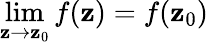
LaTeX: \lim\limits_{\mathbf{z}\rightarrow\mathbf{z}_{0}}f(\mathbf{z})=f(\mathbf{z}_{0})